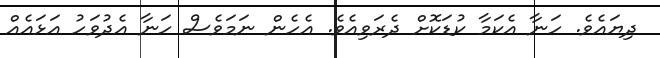
ދިޔައެވެ. ހަނާ އެކަމާ ކުޑަކޮށް ދެރަވިއެވެ. އެހެން ނަމަވެސް ހަނާ އެދުވަހު އަޅައެއް